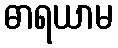
ဓာရယာမ